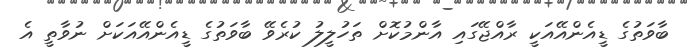
ބާވަތުގެ ޑީއެންއޭއަކީ ރާއްޖޭގައި އާންމުކޮށް ތަހުލީލު ކުރެވޭ ބާވަތުގެ ޑީއެންއޭއަކަށް ނުވާތީ އެ